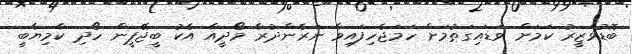
ބޮޑުވަޒީރު ކަމަށް ވަޑައިގަތުމަށް ހަމަޖެހިފައިވާ ނަރެންދުރާ މޯދީއާ އެކު ބީޖޭޕީން ހޯދި ކާމިޔާބީ